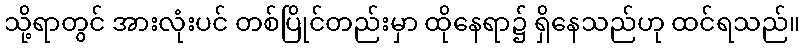
သို့ရာတွင် အားလုံးပင် တစ်ပြိုင်တည်းမှာ ထိုနေရာ၌ ရှိနေသည်ဟု ထင်ရသည်။